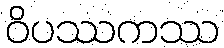
ဝိပဿကဿ